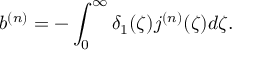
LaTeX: b ^ { ( n ) } = - \int _ { 0 } ^ { \infty } \delta _ { 1 } ( \zeta ) j ^ { ( n ) } ( \zeta ) d \zeta .